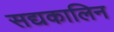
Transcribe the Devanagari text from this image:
सद्यकालिन